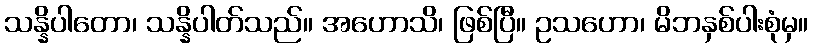
သန္နိပါတော၊ သန္နိပါတ်သည်။ အဟောသိ၊ ဖြစ်ပြီ။ ဥသဟော၊ မိဘနှစ်ပါးစုံမှ။